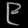
Digit: ၉